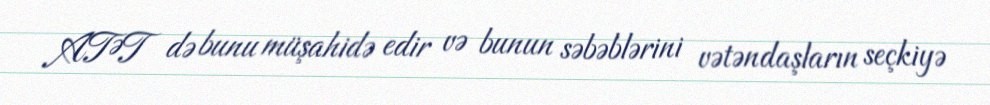
ATƏT də bunu müşahidə edir və bunun səbəblərini vətəndaşların seçkiyə